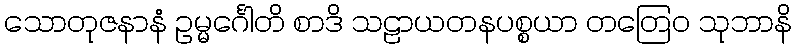
သောတုဇနာနံ ဥမ္မင်္ဂေါတိ စာဒိ သဠာယတနပစ္စယာ တတြေဝ သုဘာနိ